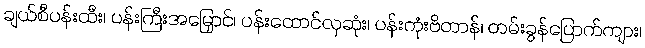
ချယ်စီပန်းထီး၊ ပန်းကြီးအမြှောင်၊ ပန်းထောင်လှဆုံး၊ ပန်းကုံးဗိတာန်၊ တမ်းခွန်ပြောက်ကျား၊